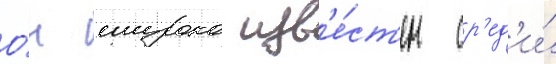
О́н широко изв'е́ст'ен ср'ед'и́